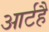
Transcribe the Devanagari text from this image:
आर्टहै